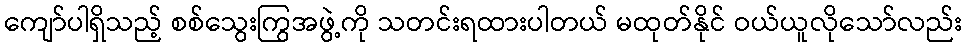
ကျော်ပါရှိသည့် စစ်သွေးကြွအဖွဲ့ကို သတင်းရထားပါတယ် မထုတ်နိုင် ဝယ်ယူလိုသော်လည်း